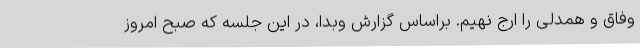
وفاق و همدلی را ارج نهیم. براساس گزارش وبدا، در این جلسه که صبح امروز